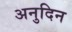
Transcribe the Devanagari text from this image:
अनुदिन